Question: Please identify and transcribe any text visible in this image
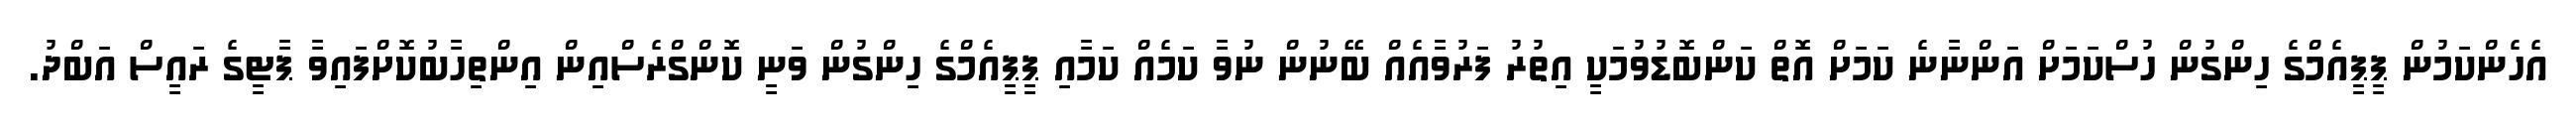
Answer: އެހެންކަމުން ޕީޕީއެމްގެ ހިންގުން ހުސްކަމަށް އަންނާނެ ކަމަށް އޮތް ކަންބޮޑުވުމަކީ އިތުރު ފަރުވާއެއް ބޭނުން ނުވާ ކަމެއް ކަމާއި ޕީޕީއެމްގެ ހިންގުން ވަނީ ކޮންގްރެސްއިން އިންތިހާބުކޮށްފައިވާ ޕާޓީގެ ރައީސް އަބްދު.